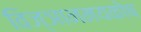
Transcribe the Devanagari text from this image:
विज्ञानमयकोष